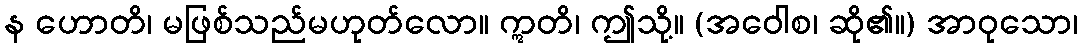
န ဟောတိ၊ မဖြစ်သည်မဟုတ်လော။ ဣတိ၊ ဤသို့။ (အဝေါစ၊ ဆို၏။) အာဝုသော၊